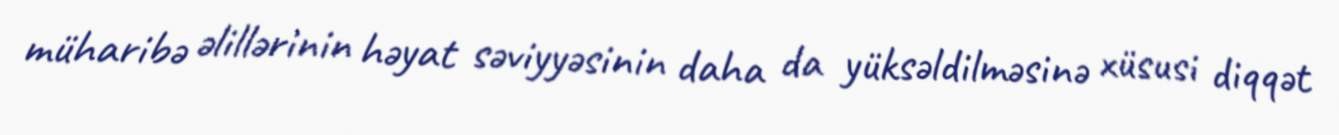
müharibə əlillərinin həyat səviyyəsinin daha da yüksəldilməsinə xüsusi diqqət